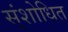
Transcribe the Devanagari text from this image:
स्ंशोधित